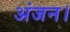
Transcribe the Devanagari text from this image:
अंजन।